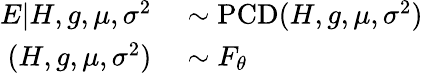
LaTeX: \begin{array}{rl}{E|H,g,\mu,\sigma^{2}}&{{}\sim\operatorname{PCD}(H,g,\mu,\sigma^{2})}\\ {(H,g,\mu,\sigma^{2})}&{{}\sim F_{\theta}}\end{array}